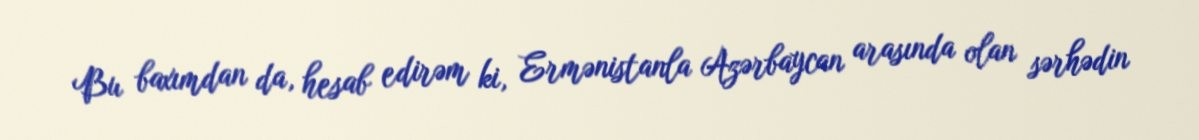
Bu baxımdan da, hesab edirəm ki, Ermənistanla Azərbaycan arasında olan sərhədin